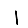
Digit: 1